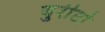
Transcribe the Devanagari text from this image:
बुरीटो